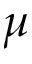
\mu